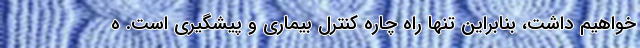
خواهیم داشت، بنابراین تنها راه چاره کنترل بیماری و پیشگیری است. ه